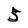
Character: 5